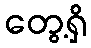
တွေ့ရှိ